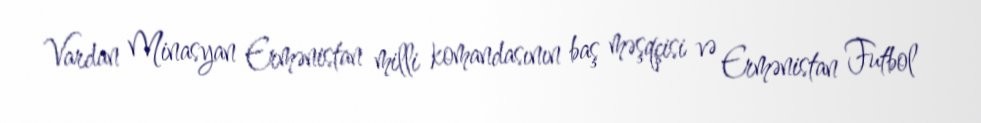
Vardan Minasyan Ermənistan milli komandasının baş məşqçisi və Ermənistan Futbol